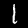
Digit: 1